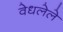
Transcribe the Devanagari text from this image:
वेधलेले